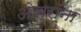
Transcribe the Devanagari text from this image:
ओब्रॉना